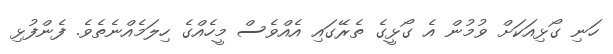
ހަނި ގޯޅިއަކަށް ވުމުން އެ ގޯޅީގެ ތެރޭގައި އެއްވެސް މީހެއްގެ ހިލަމެއްނެތެވެ. ފެންފުޅި